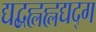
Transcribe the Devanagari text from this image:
द्यद्बह्लह्लद्यद्ग